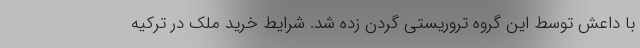
با داعش توسط این گروه تروریستی گردن زده شد. شرایط خرید ملک در ترکیه